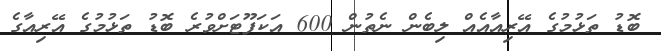
ބޮޑު ތަޅުމުގެ އޭރިއާއެއް ލިބެން ނެތުން 600 އަކަފޫޓަށްވުރެ ބޮޑު ތަޅުމުގެ އޭރިއާގެ